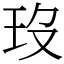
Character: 𤣻